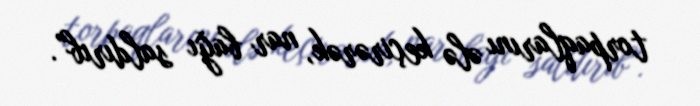
torpaqlarını ələ keçirərək, nar bağı saldırıb”.